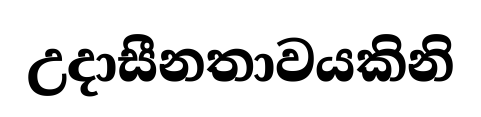
උදාසීනතාවයකිනි